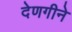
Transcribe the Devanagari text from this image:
देणगीने